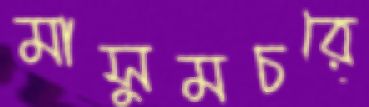
মাসুমচরে